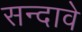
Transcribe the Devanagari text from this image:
सन्दावे